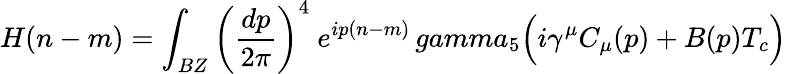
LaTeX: H(n-m)=\int_{BZ}\left({\frac{dp}{2\pi}}\right)^{4}\ e^{ip(n-m)}\, gamma_{5}\Bigl(i\gamma^{\mu}C_{\mu}(p)+B(p)T_{c}\Bigr)